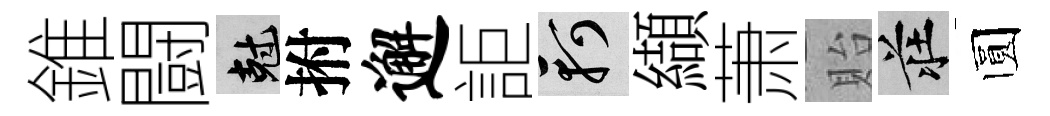
錐闘剋拊邂詎軻纈萧貽莊圆